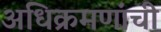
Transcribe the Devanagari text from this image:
अधिक्रमणांची